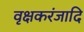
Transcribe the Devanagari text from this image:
वृक्षकरंजादि